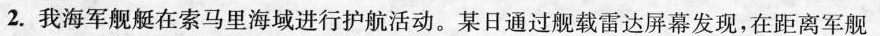
2. 我海军舰艇在索马里海域进行护航活动。某日通过舰载雷达屏幕发现，在距离军舰